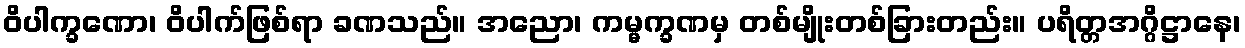
ဝိပါက္ခဏော၊ ဝိပါက်ဖြစ်ရာ ခဏသည်။ အညော၊ ကမ္မက္ခဏမှ တစ်မျိုးတစ်ခြားတည်း။ ပရိတ္တအဂ္ဂိဋ္ဌာနေ၊